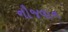
નૌજવાન